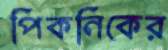
পিকনিকের